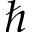
\hbar